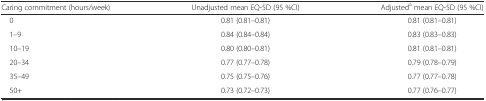
<table><thead><tr><td><b>Caring commitment (hours/week)</b></td><td><b>Unadjusted mean EQ-5D (95 %CI)</b></td><td><b>Adjusted<sup>a</sup> mean EQ-5D (95 %CI)</b></td></tr></thead><tbody><tr><td> 0</td><td>0.81 (0.81–0.81)</td><td>0.81 (0.81–0.81)</td></tr><tr><td> 1–9</td><td>0.84 (0.84–0.84)</td><td>0.83 (0.83–0.83)</td></tr><tr><td> 10–19</td><td>0.80 (0.80–0.81)</td><td>0.81 (0.81–0.81)</td></tr><tr><td> 20–34</td><td>0.77 (0.77–0.78)</td><td>0.79 (0.78–0.79)</td></tr><tr><td> 35–49</td><td>0.75 (0.75–0.76)</td><td>0.77 (0.77–0.78)</td></tr><tr><td> 50+</td><td>0.73 (0.72–0.73)</td><td>0.77 (0.76–0.77)</td></tr></tbody></table>